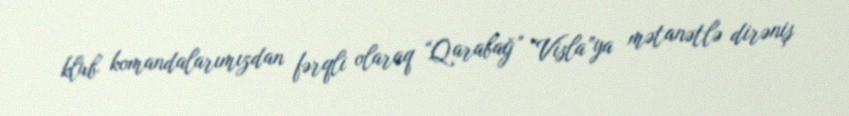
klub komandalarımızdan fərqli olaraq “Qarabağ” “Visla”ya mətanətlə dirəniş